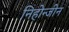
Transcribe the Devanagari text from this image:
निहोन्जीन